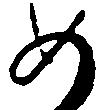
如